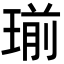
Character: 瑐